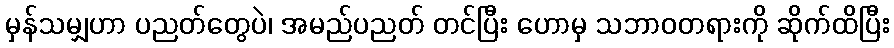
မှန်သမျှဟာ ပညတ်တွေပဲ၊ အမည်ပညတ် တင်ပြီး ဟောမှ သဘာဝတရားကို ဆိုက်ထိပြီး